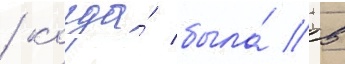
/ когда́ была́ в